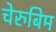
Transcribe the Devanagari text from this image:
चेरुबिम